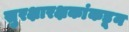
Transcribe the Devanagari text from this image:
सुरक्षारक्षकांकडून